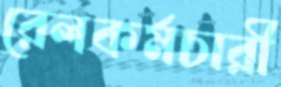
রেলকর্মচারী